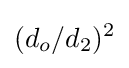
(d_{o}/d_{2})^{2}